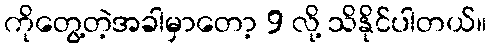
ကိုတွေ့တဲ့အခါမှာတော့ 9 လို့ သိနိုင်ပါတယ်။